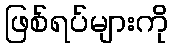
ဖြစ်ရပ်များကို